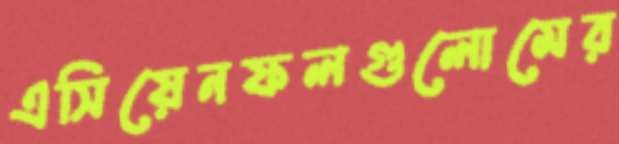
এসিয়েনফলগুলোমের